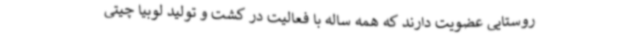
روستایی عضویت دارند که همه ساله با فعالیت در کشت و تولید لوبیا چیتی